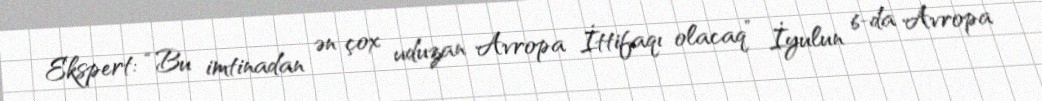
Ekspert: “Bu imtinadan ən çox uduzan Avropa İttifaqı olacaq” İyulun 6-da Avropa